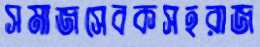
সমাজসেবকসহরাজ